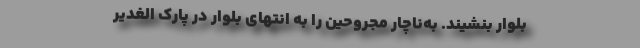
بلوار بنشیند. به‌ناچار مجروحین را به انتهای بلوار در پارک الغدیر